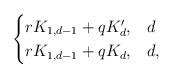
LaTeX: \begin{align*} \begin{cases} rK_{1,d-1}+qK'_d, & d \\ rK_{1,d-1}+qK_d, & d, \end{cases}\end{align*}